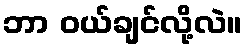
ဘာ ဝယ်ချင်လို့လဲ။